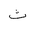
Letter: _tha